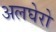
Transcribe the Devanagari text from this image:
अलघेरो